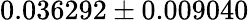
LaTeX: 0.036292\pm 0.009040